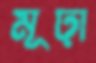
মূঢ়া